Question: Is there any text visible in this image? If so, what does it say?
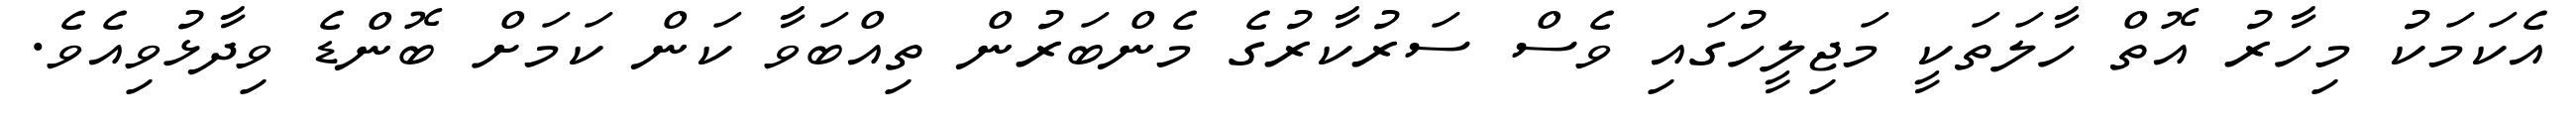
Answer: އެކަމަކު މިހާރު އޮތް ހާލަތަކީ މަޖިލީހުގައި ވެސް ސަރުކާރުގެ މެންބަރުން ތިއްބަވާ ކަން ކަމަށް ބޮންޑެ ވިދާޅުވިއެވެ.